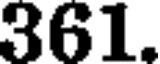
361.